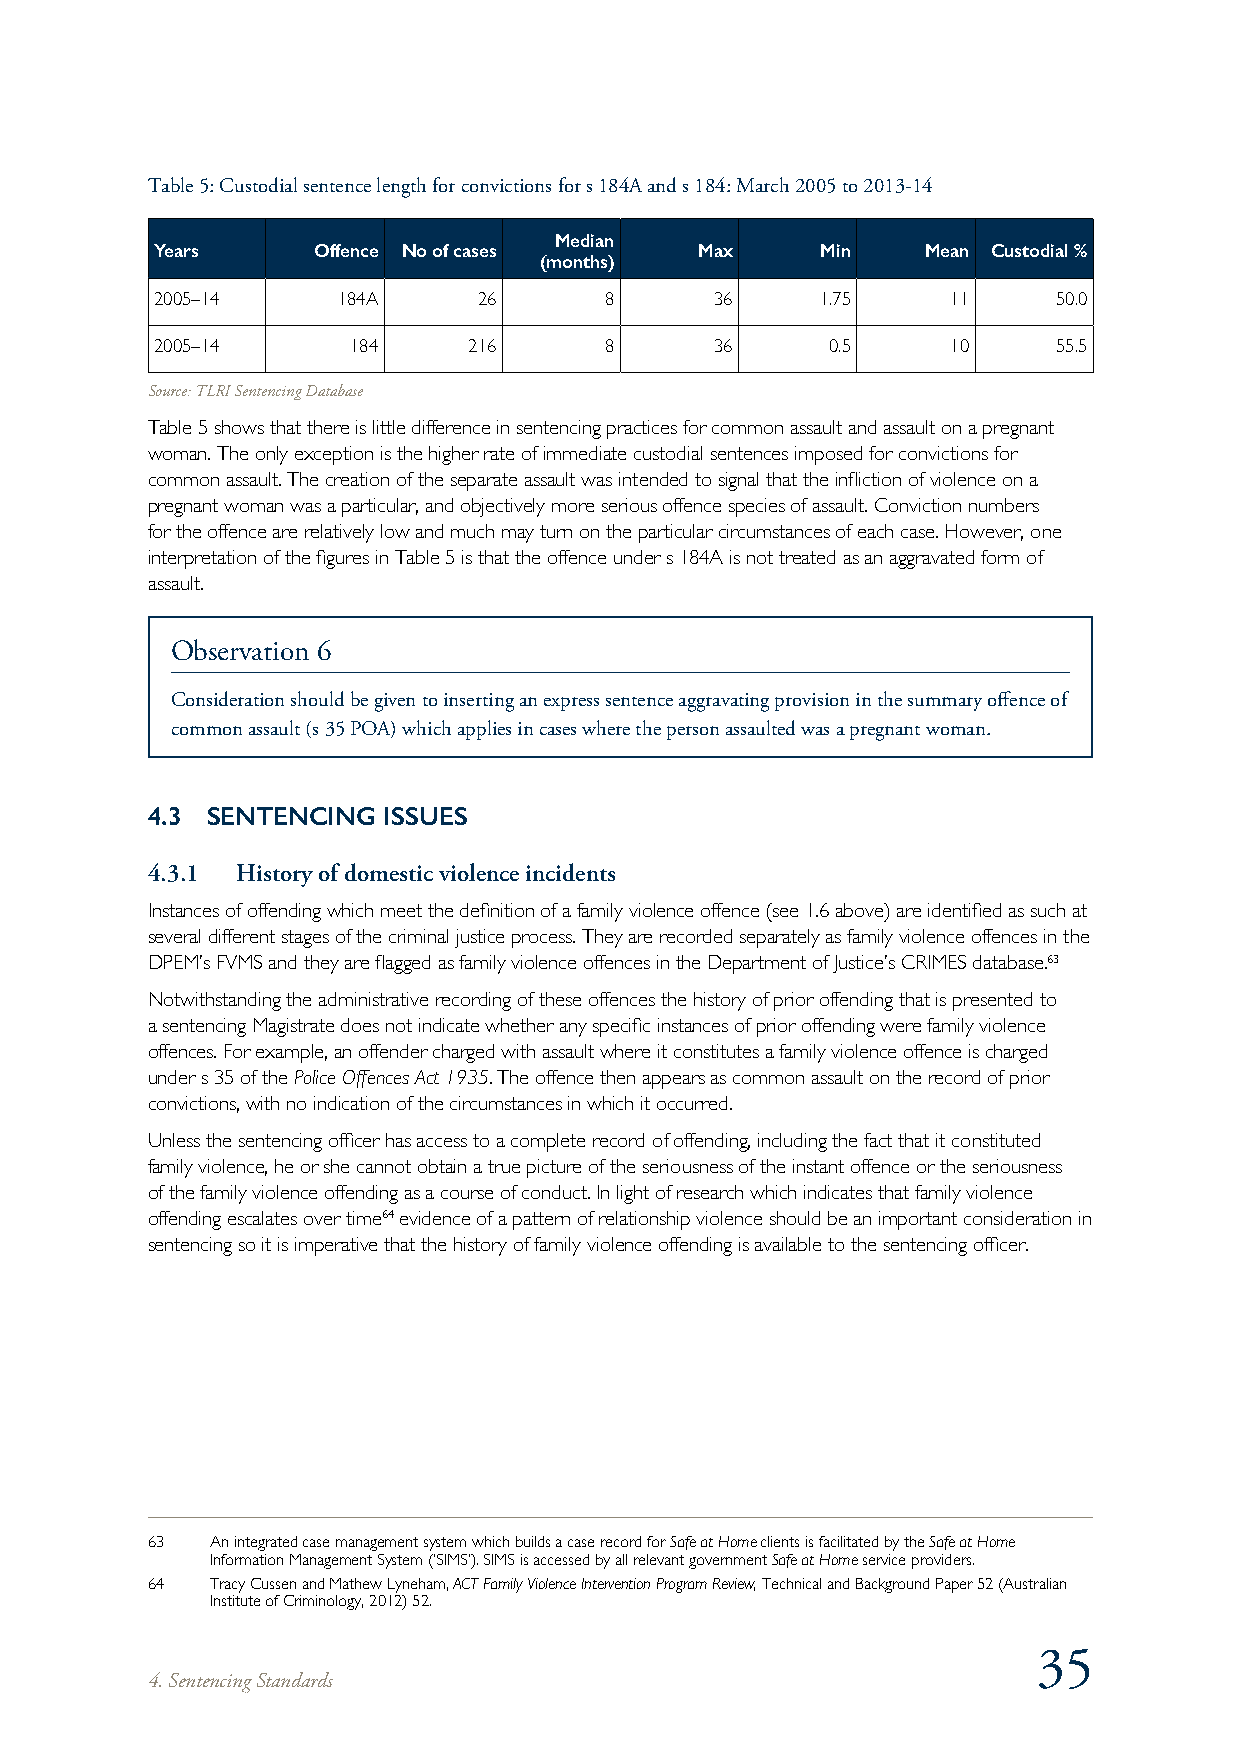
Table 5: Custodial sentence length for convictions for s 184A and s 184: March 2005 to 2013-14
 Median
 Years      Offence No of cases      Max     Min    Mean Custodial %
 (months)
 2005–14     184A      26      8      36     1.75     11     50.0
 2005–14      184     216      8      36      0.5     10     55.5
 Source: TLRI Sentencing Database
 Table 5 shows that there is little difference in sentencing practices for common assault and assault on a pregnant
 woman. The only exception is the higher rate of immediate custodial sentences imposed for convictions for
 common assault. The creation of the separate assault was intended to signal that the infliction of violence on a
 pregnant woman was a particular, and objectively more serious offence species of assault. Conviction numbers
 for the offence are relatively low and much may turn on the particular circumstances of each case. However, one
 interpretation of the figures in Table 5 is that the offence under s 184A is not treated as an aggravated form of
 assault.
 Observation 6
 Consideration should be given to inserting an express sentence aggravating provision in the summary offence of
 common assault (s 35 POA) which applies in cases where the person assaulted was a pregnant woman.
 4.3 SENTENCING ISSUES
 4.3.1 History of domestic violence incidents
 Instances of offending which meet the definition of a family violence offence (see 1.6 above) are identified as such at
 several different stages of the criminal justice process. They are recorded separately as family violence offences in the
 DPEM’s FVMS and they are flagged as family violence offences in the Department of Justice’s CRIMES database.63
 Notwithstanding the administrative recording of these offences the history of prior offending that is presented to
 a sentencing Magistrate does not indicate whether any specific instances of prior offending were family violence
 offences. For example, an offender charged with assault where it constitutes a family violence offence is charged
 under s 35 of the Police Offences Act 1935. The offence then appears as common assault on the record of prior
 convictions, with no indication of the circumstances in which it occurred.
 Unless the sentencing officer has access to a complete record of offending, including the fact that it constituted
 family violence, he or she cannot obtain a true picture of the seriousness of the instant offence or the seriousness
 of the family violence offending as a course of conduct. In light of research which indicates that family violence
 offending escalates over time64 evidence of a pattern of relationship violence should be an important consideration in
 sentencing so it is imperative that the history of family violence offending is available to the sentencing officer.
 63  An integrated case management system which builds a case record for Safe at Home clients is facilitated by the Safe at Home
 Information Management System (‘SIMS’). SIMS is accessed by all relevant government Safe at Home service providers.
 64  Tracy Cussen and Mathew Lyneham, ACT Family Violence Intervention Program Review, Technical and Background Paper 52 (Australian
 Institute of Criminology, 2012) 52.
 35
 4. Sentencing Standards